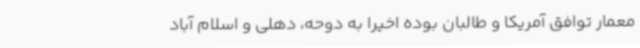
معمار توافق آمریکا و طالبان بوده اخیرا به دوحه، دهلی و اسلام آباد